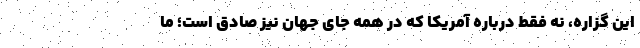
این گزاره، نه فقط درباره آمریکا که در همه جای جهان نیز صادق است؛ ما